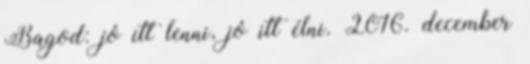
Bagod: jó itt lenni, jó itt élni. 2016. december